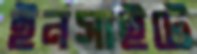
ইনসাইটে